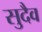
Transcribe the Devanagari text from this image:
सुदैव